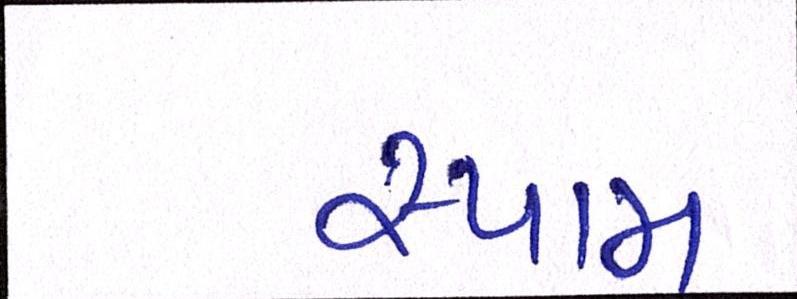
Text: સ્પામ